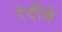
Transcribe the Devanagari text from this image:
रंदीवे